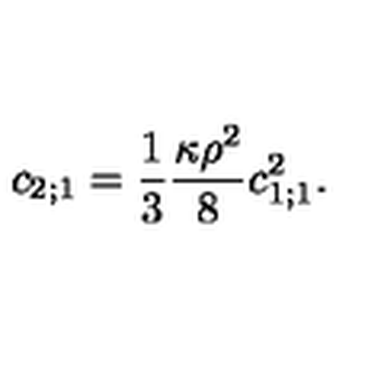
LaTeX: c _ { 2 ; 1 } = \frac { 1 } { 3 } \frac { \kappa \rho ^ { 2 } } { 8 } c _ { 1 ; 1 } ^ { 2 } .